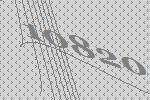
10820